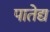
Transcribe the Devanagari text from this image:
पातेद्य